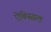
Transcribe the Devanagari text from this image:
ऐबिस्सल